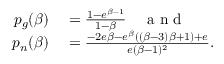
\begin{array} { r l } { p _ { g } ( \beta ) } & { { } = \frac { 1 - e ^ { \beta - 1 } } { 1 - \beta } \quad \mathrm { ~ a ~ n ~ d ~ } } \\ { p _ { n } ( \beta ) } & { { } = \frac { - 2 e \beta - e ^ { \beta } ( ( \beta - 3 ) \beta + 1 ) + e } { e ( \beta - 1 ) ^ { 2 } } . } \end{array}